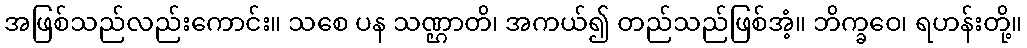
အဖြစ်သည်လည်းကောင်း။ သစေ ပန သဏ္ဌာတိ၊ အကယ်၍ တည်သည်ဖြစ်အံ့။ ဘိက္ခဝေ၊ ရဟန်းတို့။